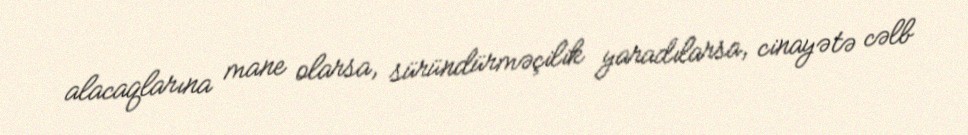
alacaqlarına mane olarsa, süründürməçilik yaradılarsa, cinayətə cəlb